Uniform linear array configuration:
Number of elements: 48
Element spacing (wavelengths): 1
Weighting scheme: binomial
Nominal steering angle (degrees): -60
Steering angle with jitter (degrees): -59.729
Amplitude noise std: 0.05
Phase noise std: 0.05

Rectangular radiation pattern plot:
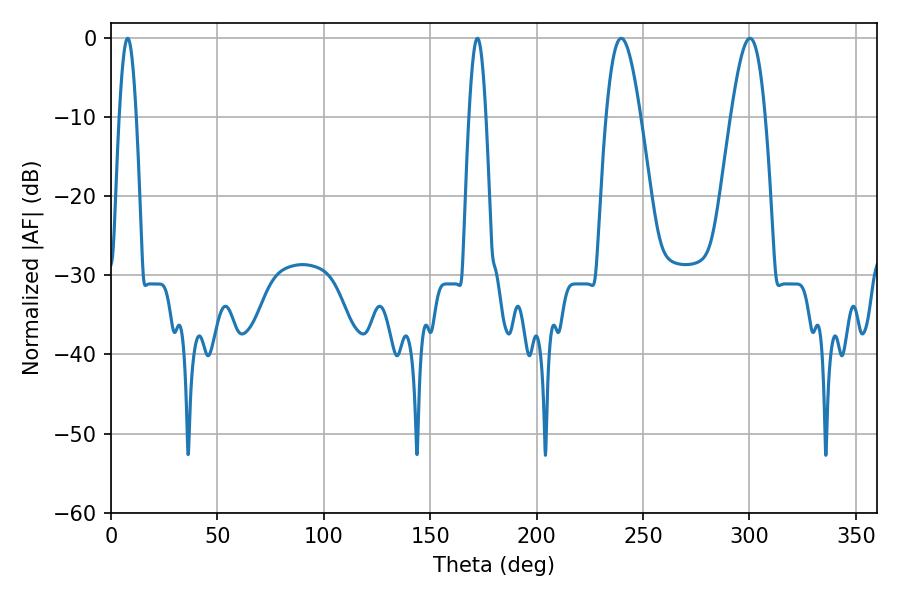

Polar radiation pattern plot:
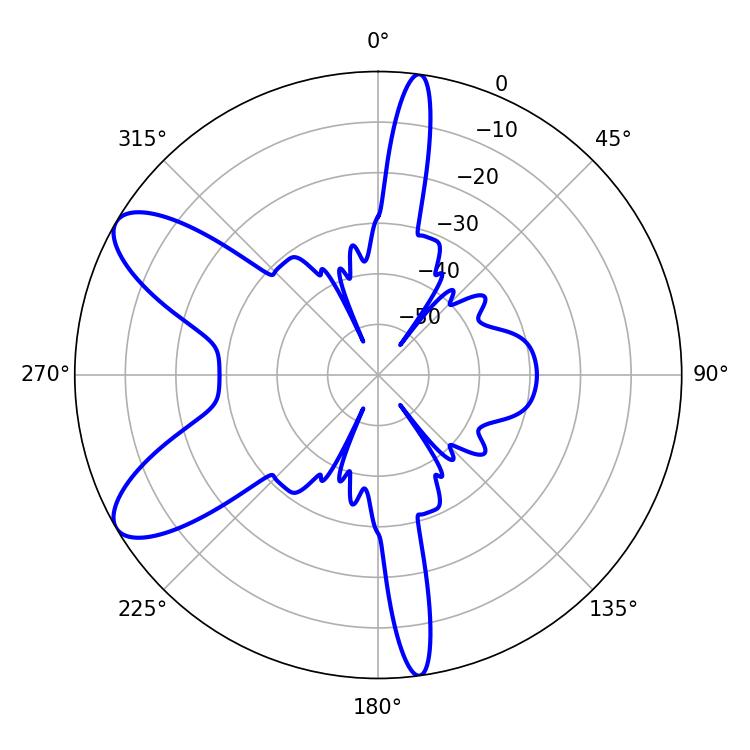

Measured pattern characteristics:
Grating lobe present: TRUE
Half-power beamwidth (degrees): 8.64
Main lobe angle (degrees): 239.76